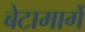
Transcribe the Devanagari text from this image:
बेटामार्गे